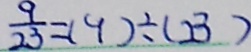
\frac { 9 } { 2 3 } = ( 9 ) \div ( 2 3 )